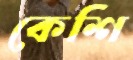
কেশি